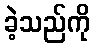
ခဲ့သည်ကို